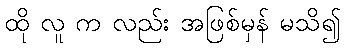
ထို လူ က လည်း အဖြစ်မှန် မသိ၍